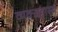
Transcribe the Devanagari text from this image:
व्यक्तहास्य